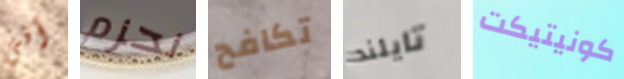
أفي نحزم تكافح تايلند كونيتيكت